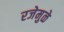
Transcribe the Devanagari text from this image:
रजेमुळे